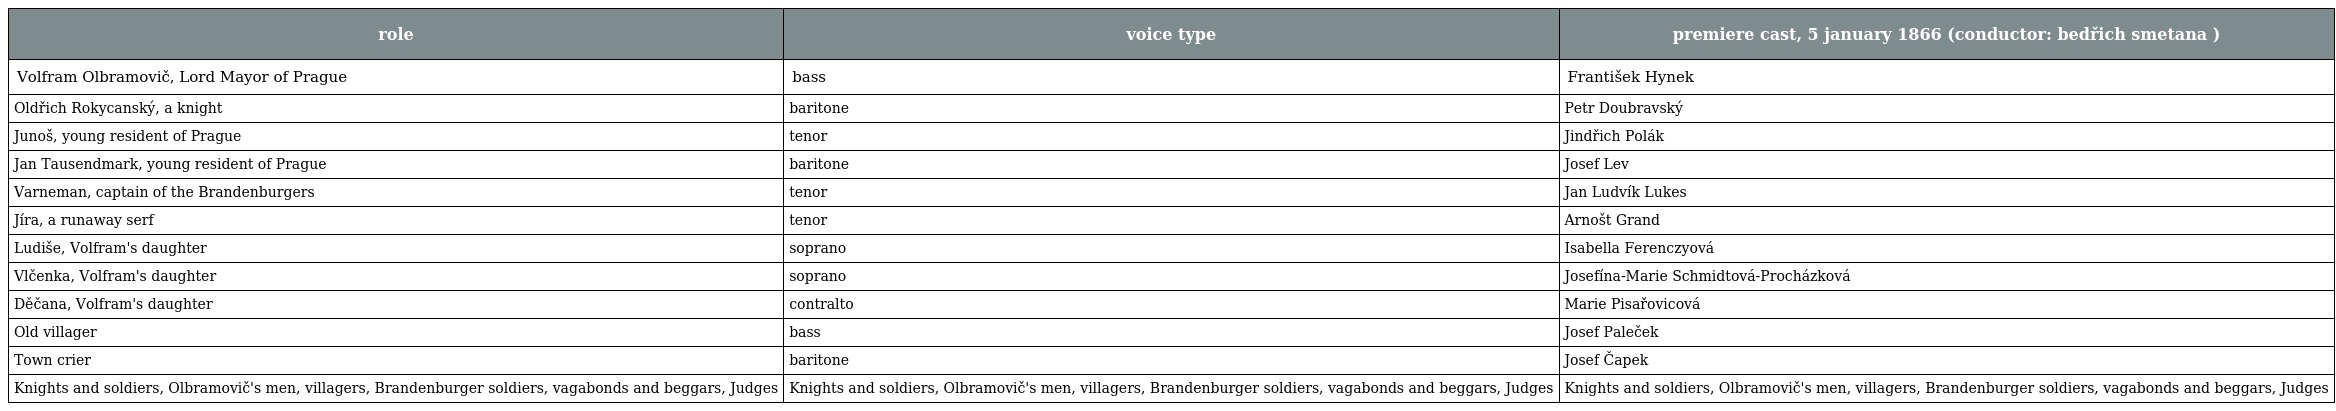
| role | voice type | premiere cast, 5 january 1866 (conductor: bedřich smetana ) |
 | --- | --- | --- |
 | Volfram Olbramovič, Lord Mayor of Prague | bass | František Hynek |
 | Oldřich Rokycanský, a knight | baritone | Petr Doubravský |
 | Junoš, young resident of Prague | tenor | Jindřich Polák |
 | Jan Tausendmark, young resident of Prague | baritone | Josef Lev |
 | Varneman, captain of the Brandenburgers | tenor | Jan Ludvík Lukes |
 | Jíra, a runaway serf | tenor | Arnošt Grand |
 | Ludiše, Volfram's daughter | soprano | Isabella Ferenczyová |
 | Vlčenka, Volfram's daughter | soprano | Josefína-Marie Schmidtová-Procházková |
 | Děčana, Volfram's daughter | contralto | Marie Pisařovicová |
 | Old villager | bass | Josef Paleček |
 | Town crier | baritone | Josef Čapek |
 | Knights and soldiers, Olbramovič's men, villagers, Brandenburger soldiers, vagabonds and beggars, Judges | Knights and soldiers, Olbramovič's men, villagers, Brandenburger soldiers, vagabonds and beggars, Judges | Knights and soldiers, Olbramovič's men, villagers, Brandenburger soldiers, vagabonds and beggars, Judges |